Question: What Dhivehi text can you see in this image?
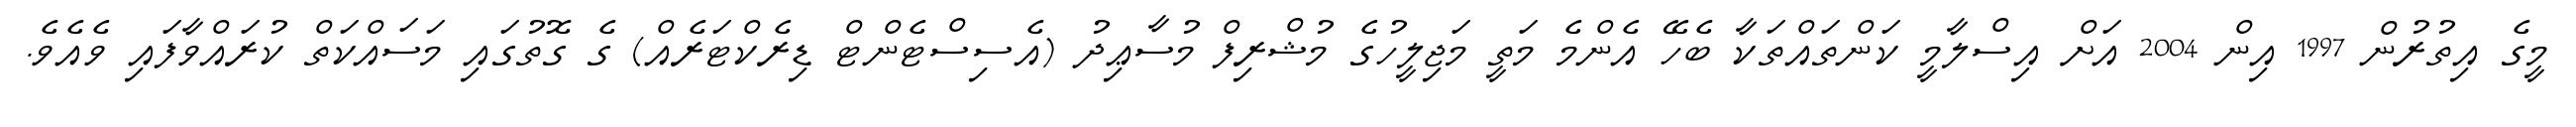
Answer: މީގެ އިތުރުން 1997 އިން 2004 އަށް އިސްލާމީ ކަންތައްތަކާ ބެހޭ އެންމެ މަތީ މަޖިލީހުގެ މުޝްރިފް މުސާޢިދު (އެސިސްޓެންޓް ޑިރެކްޓަރެއް) ގެ ގޮތުގައި މަސައްކަތް ކުރައްވާފައި ވެއެވެ.